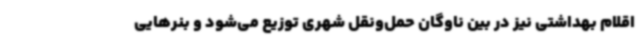
اقلام بهداشتی نیز در بین ناوگان حمل‌ونقل شهری توزیع می‌شود و بنرهایی